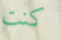
كنت